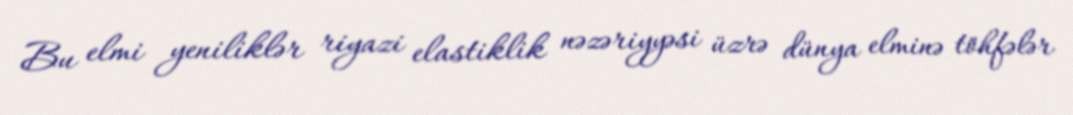
Bu elmi yeniliklər riyazi elastiklik nəzəriyyəsi üzrə dünya elminə töhfələr